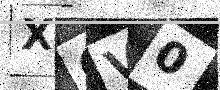
Text: XCV0